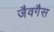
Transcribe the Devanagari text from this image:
जैवगैस